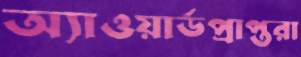
অ্যাওয়ার্ডপ্রাপ্তরা